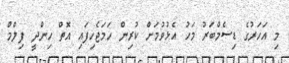
މި އަހަރުގެ ޑިސެމްބަރު މަހު އެޅުވުމަށް ކުރިން ހަމަޖެހިފައި އޮތް ހިންދީ ފިލްމް